Civil Veterinary Department Bihar & Orissa reports 1922-29 - 1922-1929
Year: 1922
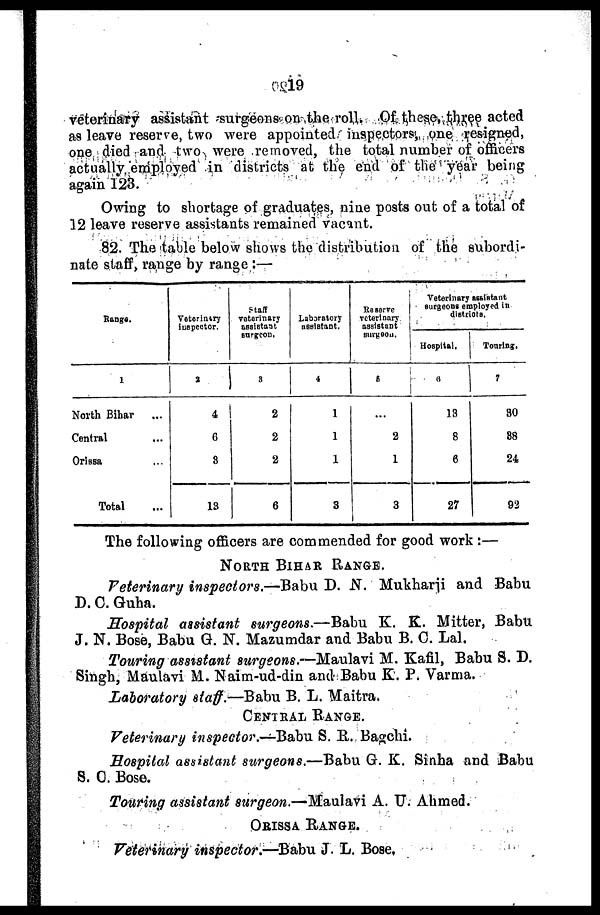
19
veterinary assistant surgeons on the roll. Of these three acted
as leave reserve, two were appointed inspectors, one resigned,
one died and two were removed, the total number of officers
actually employed in districts at the end of the year being
again 123.
Owing to shortage of graduates, nine posts out of a total of
12 leave reserve assistants remained vacant.
82. The table below shows the distribution of the subordi-
nate staff, range by range :—
Range.
1
North Bihar
Central
Orissa
Total
Veterinary
Inspector.
2
4
6
8
13
Staff
veterinary
assistant
surgeon,
3
2
2
2
6
Laboratory
assistant.
4
1
1
1
3
Reserve
veterinary
assistant
surgeos.
5
...
2
1
3
Veterinary assistant
surgeons employed in
districts.
Hospital.
6
13
8
6
27
Touring.
7
80
88
24
92
The following officers are commended for good work :—
NORTH BIHAR RANGE.
Veterinary inspectors.—Babu D. N. Mukharji and Babu
D. C. Guha.
Hospital assistant surgeons.—Babu K. K. Mitter, Babu
J. N. Bose, Babu G. N. Mazumdar and Babu B. C. Lal.
Touring assistant surgeons.-—Maulavi M. Kafil, Babu S. D.
Singh, Maulavi M. Naim-ud-din and Babu K. P. Varma.
Laboratory staff.—Babu B. L. Maitra.
CENTRAL RANGE.
Veterinary inspector.—Babu S. R.Bagehi.
Hospital assistant surgeons.—Babu G. K. Sinha and Babu
S. C. Bose.
Touring assistant surgeon.—Maulavi A. U. Ahmed.
ORISSA RANGE.
Veterinary inspector.—Babu J. L. Bose